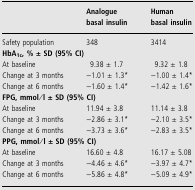
<table><thead><tr><td></td><td><b>Analogue basal insulin</b></td><td><b>Human basal insulin</b></td></tr></thead><tbody><tr><td>Safety population</td><td>348</td><td>3414</td></tr><tr><td colspan="3"><b>HbA<sub>1c</sub>, % ± SD (95% CI)</b></td></tr><tr><td>At baseline</td><td>9.38 ± 1.7</td><td>9.32 ± 1.8</td></tr><tr><td>Change at 3 months</td><td>−1.01 ± 1.3*</td><td>−1.00 ± 1.4*</td></tr><tr><td>Change at 6 months</td><td>−1.60 ± 1.4*</td><td>−1.42 ± 1.6*</td></tr><tr><td colspan="3"><b>FPG, mmol/l ± SD (95% CI)</b></td></tr><tr><td>At baseline</td><td>11.94 ± 3.8</td><td>11.14 ± 3.8</td></tr><tr><td>Change at 3 months</td><td>−2.86 ± 3.1*</td><td>−2.10 ± 3.5*</td></tr><tr><td>Change at 6 months</td><td>−3.73 ± 3.6*</td><td>−2.83 ± 3.5*</td></tr><tr><td colspan="3"><b>PPG, mmol/l ± SD (95% CI)</b></td></tr><tr><td>At baseline</td><td>16.60 ± 4.8</td><td>16.17 ± 5.08</td></tr><tr><td>Change at 3 months</td><td>−4.46 ± 4.6*</td><td>−3.97 ± 4.7*</td></tr><tr><td>Change at 6 months</td><td>−5.86 ± 4.8*</td><td>−5.09 ± 4.9*</td></tr></tbody></table>